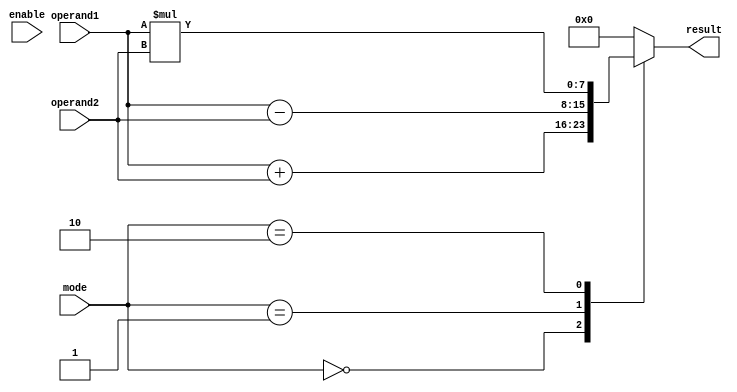
module ALU (
    input wire [7:0] operand1,
    input wire [7:0] operand2,
    input wire [2:0] mode,     // 0-addition, 1-subtraction, 2-multiplication, 3-comparison
    input wire enable,
    output reg [7:0] result
);

// Functional units
reg [7:0] add_result;
reg [7:0] sub_result;
reg [7:0] mul_result;
reg [1:0] compare_result;

always @(*) begin
    case(mode)
        3'b000: begin  // Addition
            add_result = operand1 + operand2;
        end
        3'b001: begin  // Subtraction
            sub_result = operand1 - operand2;
        end
        3'b010: begin  // Multiplication
            mul_result = operand1 * operand2;
        end
        3'b011: begin  // Comparison
            if(operand1 > operand2)
                compare_result = 2'b10;  // Greater
            else if(operand1 < operand2)
                compare_result = 2'b01;  // Less
            else
                compare_result = 2'b00;  // Equal
        end
        default: begin
            add_result = 8'b0;
            sub_result = 8'b0;
            mul_result = 8'b0;
            compare_result = 2'b00;
        end
    endcase

    case(mode)
        3'b000: result = add_result;
        3'b001: result = sub_result;
        3'b010: result = mul_result;
        3'b011: result = 8'b0;
        default: result = 8'b0;
    endcase
end

endmodule